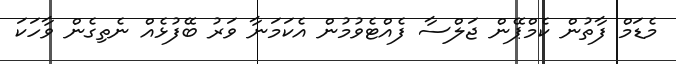
މެޑަމް ފާތުން ކެމްޕޭން ޖަލްސާ ފެއްޓެވުމުން އެކަމަނާ ވަރު ބޭފުޅެއް ނެތިގެން ވާހަކަ